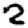
Digit: 2